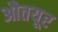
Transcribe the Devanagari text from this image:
औतयूर